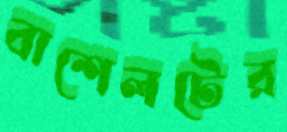
বাশেলটের